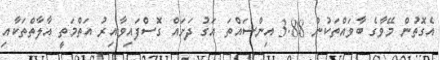
އެގޮތުން މޭވާގެ ބާވައްތަކުން 3.88 އިންސައްތަ އަގު ދަށައް ގޮސްފައިވާއިރު އަތްމަތީ އާލާތްތަކާއި